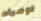
توصيات